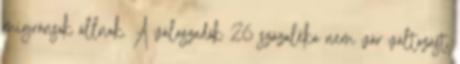
migránsok állnak. A válaszadók 26 százaléka nem vár változást